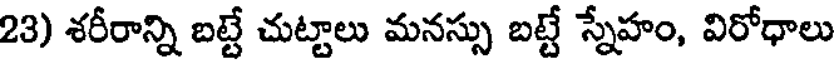
23) శరీరాన్ని బట్టే చుట్టాలు మనస్సు బట్టే స్నేహం, విరోధాలు